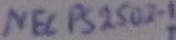
Text: NEC PS 2502